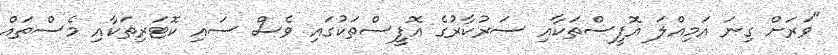
"ވަރަށް ގިނަ އަމިއްލަ އޮފީސްތަކާއި ސަރުކާރުގެ އޮފީސްތަކުގައި ވެސް ސައި ކޮޓަރިތަކާއި މެސްތައް